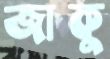
জাকু